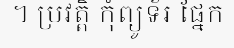
។ ប្រវត្តិ កុំព្យូទ័រ ផ្នែក